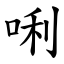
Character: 唎